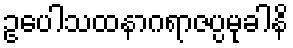
ဥပေါသထနာဂရာဇပ္ပမုခါနိ